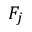
F _ { j }